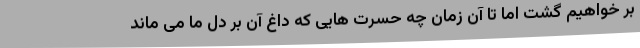
بر خواهیم گشت اما تا آن زمان چه حسرت هایی که داغ آن بر دل ما می ماند